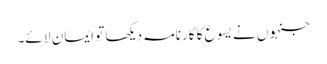
جنہوں نے یسوع کا کارنامہ دیکھا تو ایمان لا ئے۔